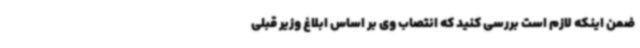
ضمن اینکه لازم است بررسی کنید که انتصاب وی بر اساس ابلاغ وزیر قبلی